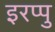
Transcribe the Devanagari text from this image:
इरप्पु